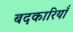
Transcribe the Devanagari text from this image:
बदकारियाँ